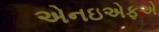
એનઇએફએ